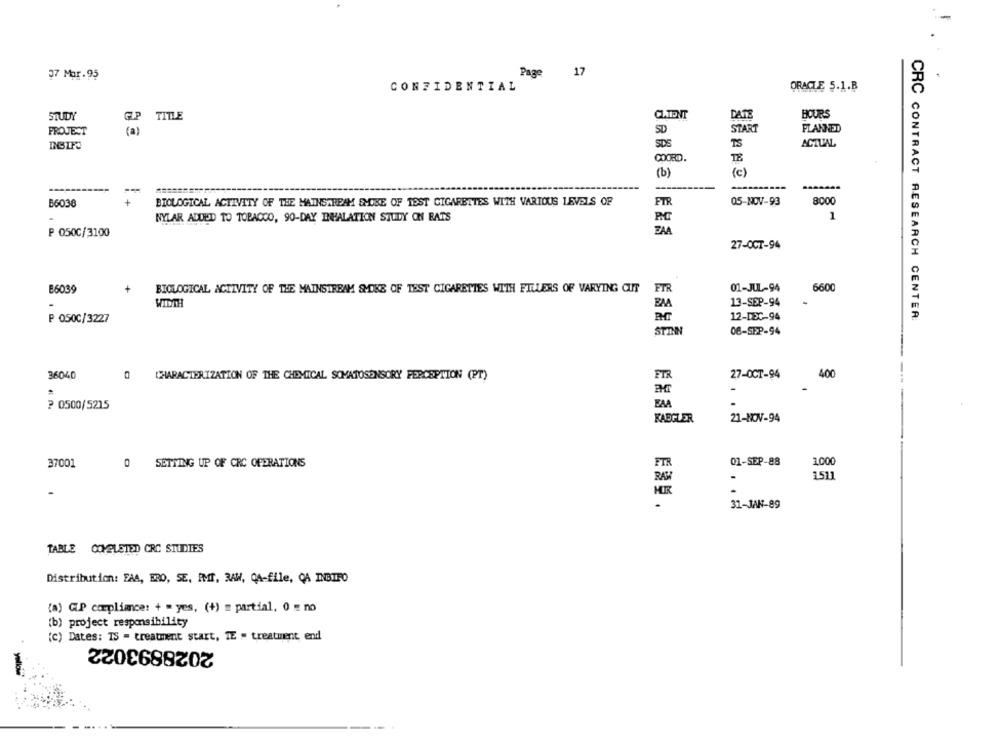
-
Page 17
37 Mor.95
CONFIDENTIAL
ORACLE 5.1.B
STUDY
GP
TITLE
CLIENT
DATE
HOURS
PROJECT
(a)
SD
START
PLANNED
SDS
TS
ACTUAL
COORD.
(b)
(c)
8000
B6038
BIOLOGICAL ACTIVITY OF THE MAINSTREAM SMOKE OF TEST CIGARETTES WITH VARIOUS LEVELS OF
FTR
05-NOV-93
1
NYLAR ADDIOD TO TOBACCO, 90-DAY INHALATION STUDY ON BATS
P.C
ZAA
P 050C/3100
27-OCT-94
B6039
BIOLOGICAL ACTIVITY OF THE MAINSTREAM SMOKE OF TEST CIGARETTES WITH FILLERS OF VARYING CUT
01-JUL-94
6600
WIDTH
BAA
13-SEP-94
P OSOC/3227
12-DEC-94
CRC CONTRACT RESEARCH CENTER:
STINN
08-SEP-94
36040
CHARACTERIZATION OF THE CHEMICAL SOMATOSENSORY PERCEPTION (PT)
FTR
27-OCT-94
400
-
₽ 0500/5215
EM
.
KABGLER
21-NOV-94
01-SEP-88
1.000
37001
0
SETTING UP OF CRC OPERATIONS
FTR
RAM
1511
31-JAN-89
TABLE COMPLETED CRC STUDIES
Distribution: FAA, ERO, SE. IMT, RAW, CA-file, CA INBIFO
(a) GP compliance: + = yes, (+) = partial, 0 = no
(b) project responsibility
(c) Dates: TS = treatment start, IE = treatment, end
2028893022